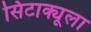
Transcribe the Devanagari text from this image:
सिटाक्यूला